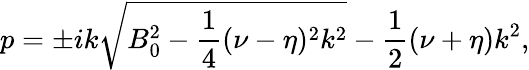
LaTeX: p=\pm ik\sqrt{B_{0}^{2}-\frac{1}{4}(\nu-\eta)^{2}k^{2}}-\frac{1}{2}(\nu+\eta)k^{2},